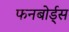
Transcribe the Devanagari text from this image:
फनबोर्ड्स